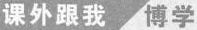
课外跟我 博学